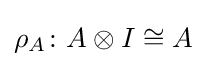
\rho _{A}\colon A\otimes I\cong A